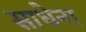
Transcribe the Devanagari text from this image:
साधेना